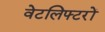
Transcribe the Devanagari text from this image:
वेटलिफ्टरों